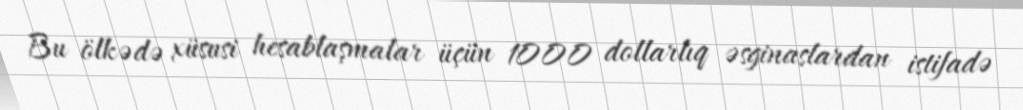
Bu ölkədə xüsusi hesablaşmalar üçün 1000 dollarlıq əsginaslardan istifadə